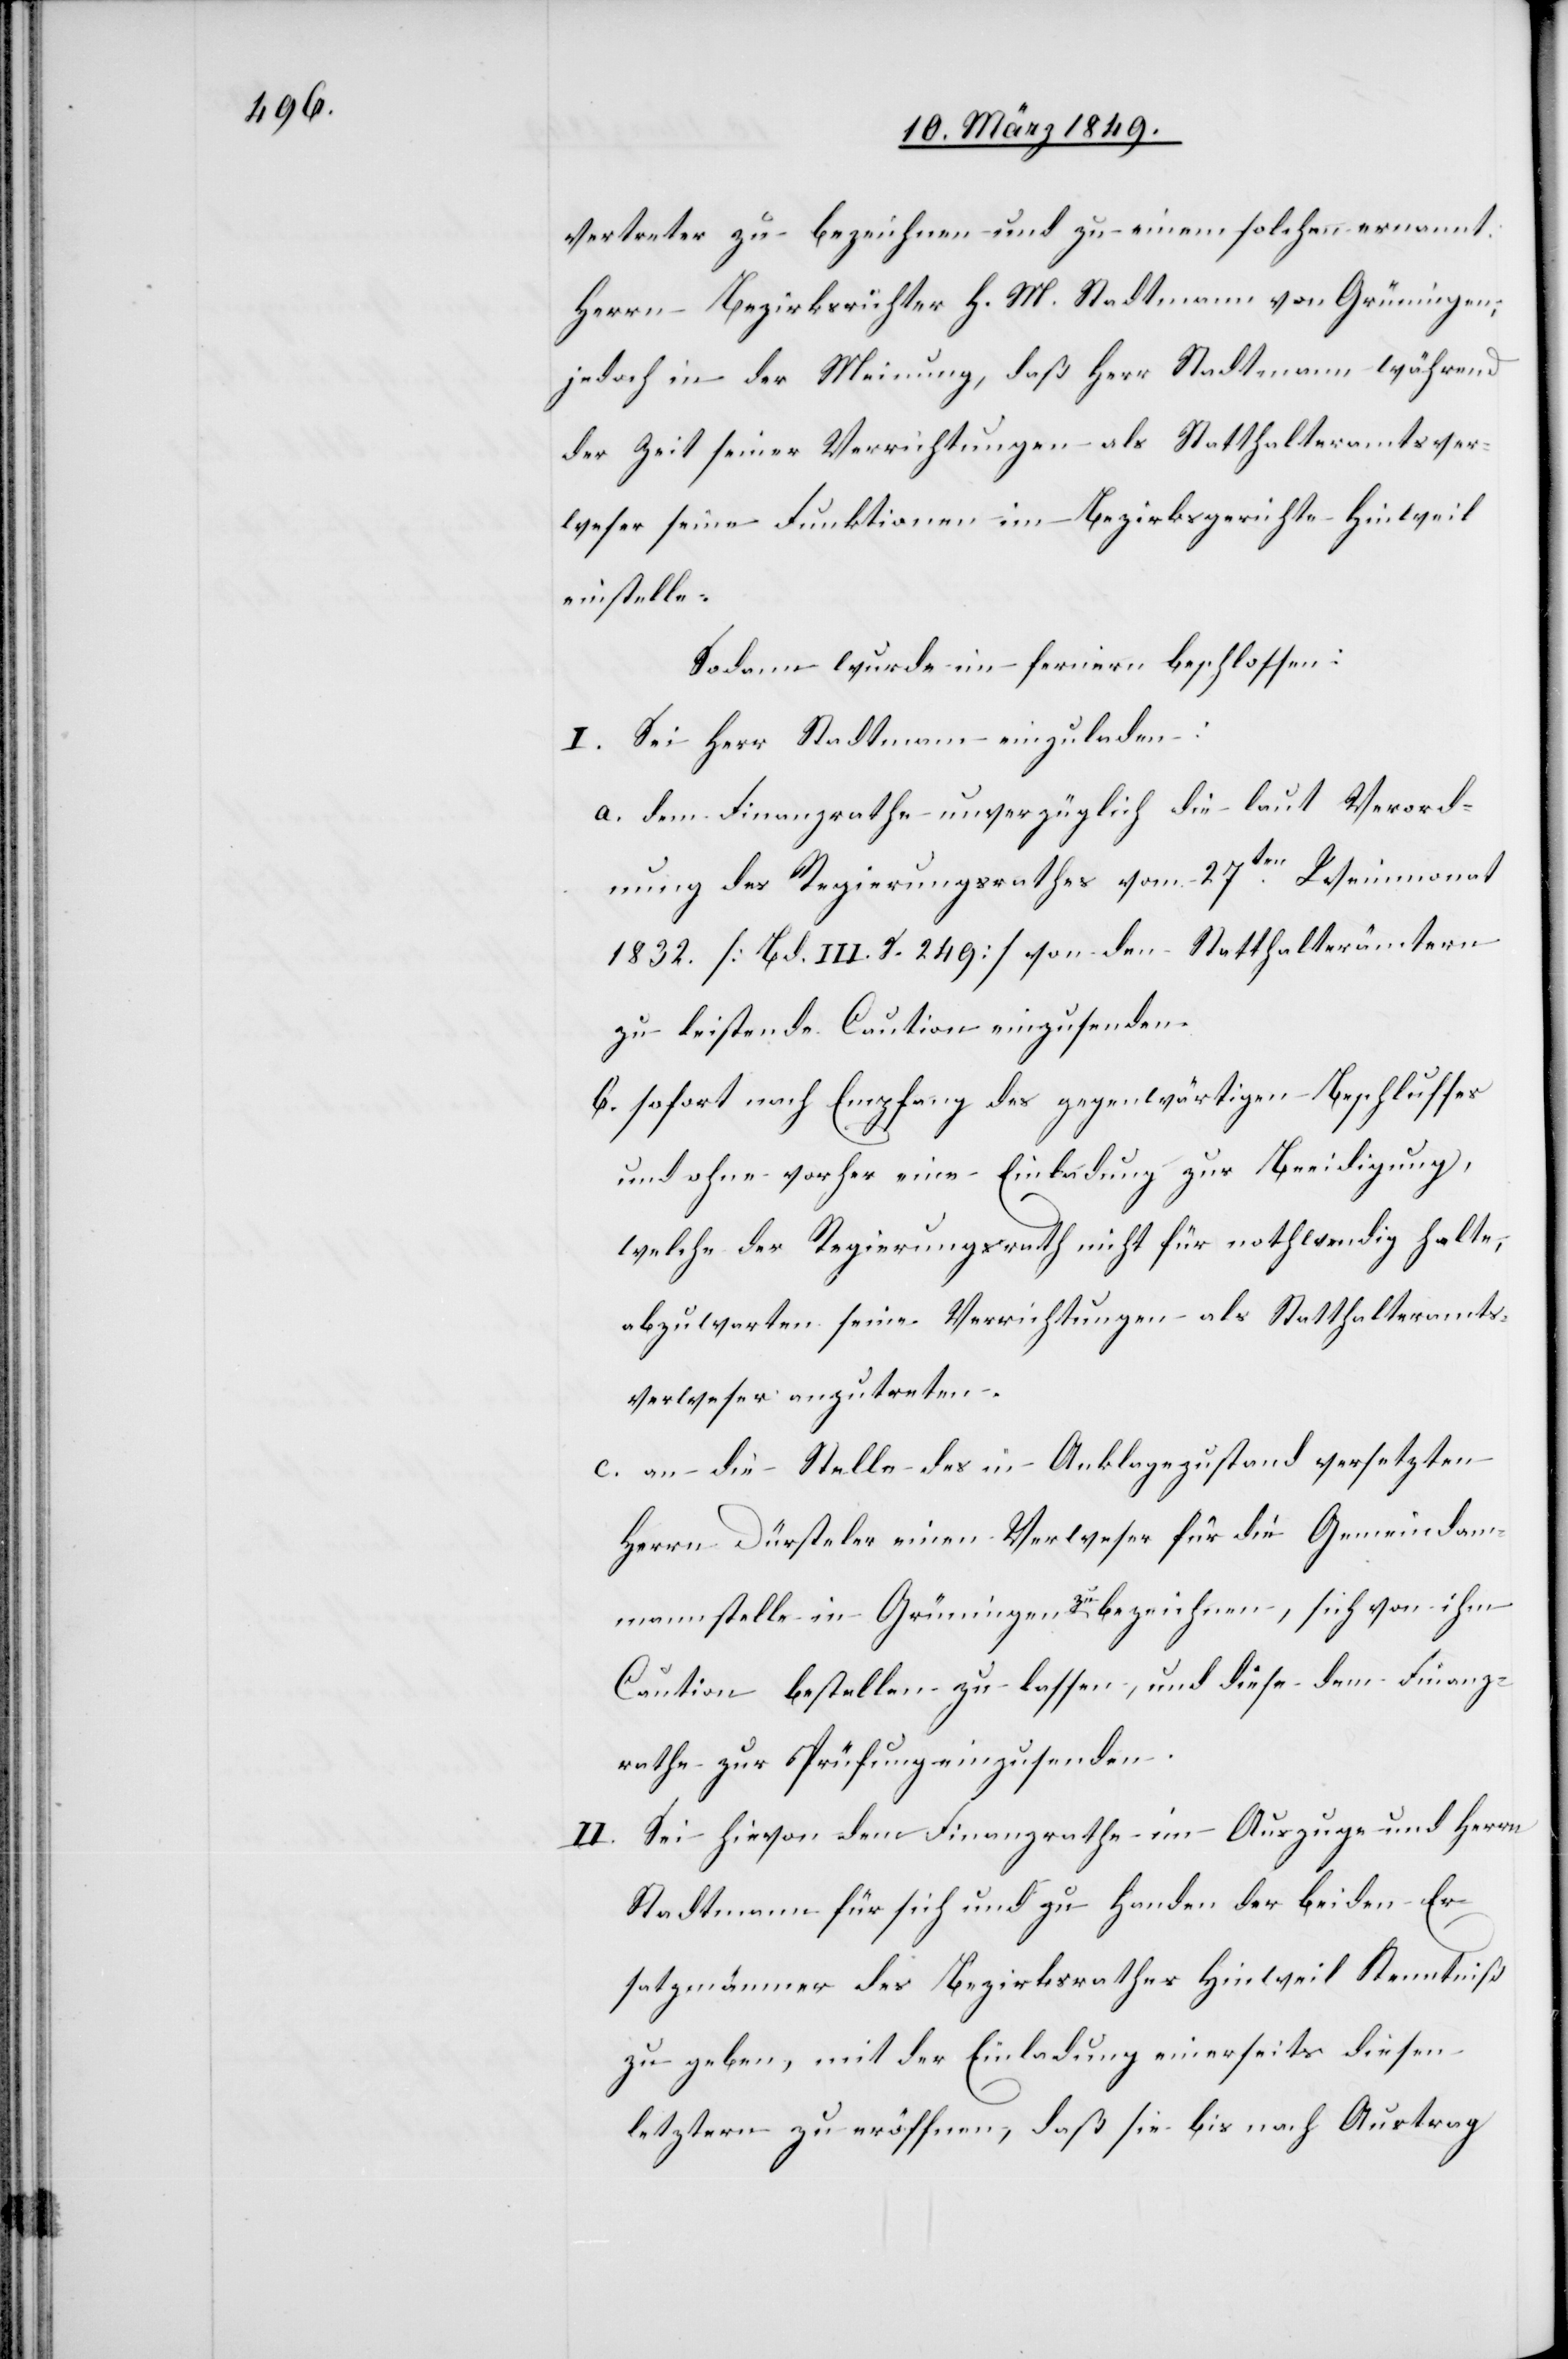
vertreter zu bezeichnen und zu einem solchen ernannt:
Herrn Bezirksrichter H. M. Stadtmann von Grüningen,
jedoch in der Meinung, daß Herr Stadtmann während
der Zeit seiner Verrichtungen als Statthalteramtsver¬
weser seine Funktionen im Bezirksgerichte Hinweil
einstelle.
Sodann wurde im fernern beschlossen:
I. Sei Herr Stadtmann eingeladen:
a. dem Finanzrathe unverzüglich die laut Verord¬
nung des Regierungsrathes vom 27ten. Weinmonat
1832. [Bd. III. S. 249] von den Statthalterämtern
zu leistende Caution einzusenden.
b. sofort nach Empfang des gegenwärtigen Beschlusses
und ohne vorher eine Einladung zur Beeidigung,
welche der Regierungsrath nicht für nothwendig halte,
abzuwarten seine Verrichtungen als Statthalteramts¬
verweser anzutreten.
c. an die Stelle des in Anklagezustand versetzten
Herrn Dürsteler einen Verweser für die Gemeindam¬
mannstelle in Grüningen zu bezeichnen, sich von ihm
Caution bestellen zu lassen, und diese dem Finanz¬
rathe zur Prüfung einzusenden.
II. Sei hievon dem Finanzrathe im Auszuge und Herrn
Stadtmann für sich und zu Handen der beiden Er¬
satzmänner des Bezirksrathes Hinweil Kenntniß
zu geben, mit der Einladung einerseits diesen
letztern zu eröffnen, daß sie bis nach Austrag